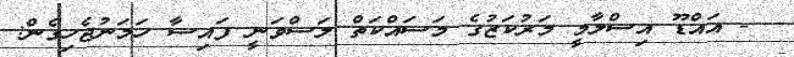
- އައްޑޫ އިސްލާމީ މަރުކަޒުގެ މަސައްކަތް ލަސްވަނީ ފައިސާ ހަމަނުޖެހިގެން: